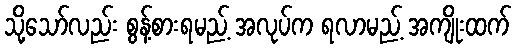
သို့သော်လည်း စွန့်စားရမည့် အလုပ်က ရလာမည့် အကျိုးထက်